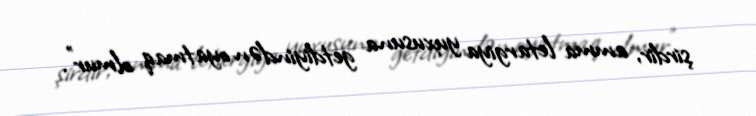
şirdir, amma letargiya yuxusuna getdiyindən oyatmaq olmur”.